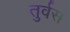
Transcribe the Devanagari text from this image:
तुर्वस